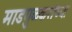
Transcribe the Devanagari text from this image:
माडगुळकरांच्या